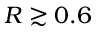
R \gtrsim 0 . 6